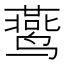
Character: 𬸧